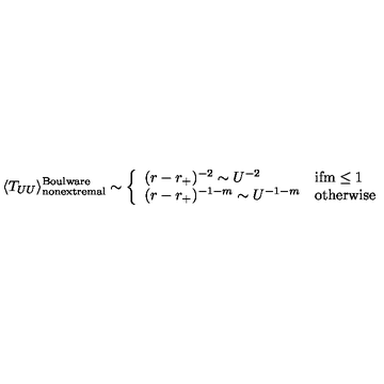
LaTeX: \langle T _ { U U } \rangle _ { \mathrm { n o n e x t r e m a l } } ^ { \mathrm { B o u l w a r e } } \sim \left\{ \begin{array} { l l } { ( r - r _ { + } ) ^ { - 2 } \sim U ^ { - 2 } } & { \mathrm { i f m \le 1 } } \\ { ( r - r _ { + } ) ^ { - 1 - m } \sim U ^ { - 1 - m } } & { \mathrm { o t h e r w i s e } } \\ \end{array} \right.